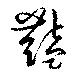
豔